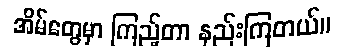
အိမ်တွေမှာ ကြည့်တာ နည်းကြတယ်။